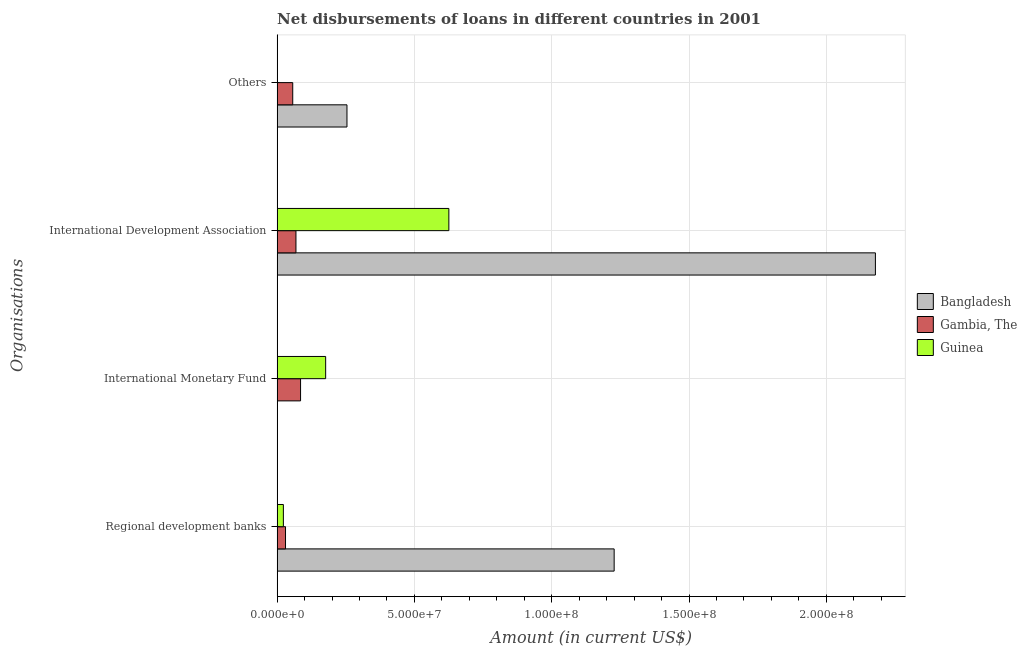
| Organisations | Bangladesh | Gambia, The | Guinea |
 | --- | --- | --- | --- |
 | Regional development banks | 1.23e+08 | 3.06e+06 | 2.28e+06 |
 | International Monetary Fund | -6.02e+07 | 8.54e+06 | 1.77e+07 |
 | International Development Association | 2.18e+08 | 6.86e+06 | 6.25e+07 |
 | Others | 2.54e+07 | 5.69e+06 | -2.91e+06 |